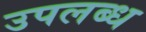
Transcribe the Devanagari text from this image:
उपलब्‍ध्‍ा